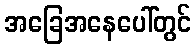
အခြေအနေပေါ်တွင်